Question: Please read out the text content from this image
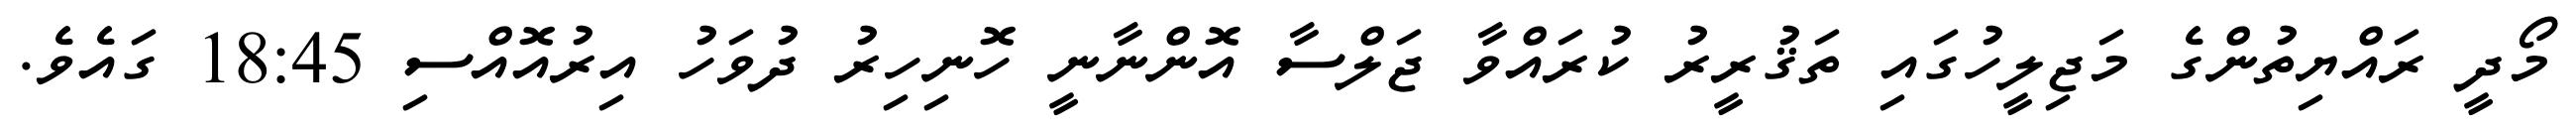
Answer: މޯދީ ރައްޔިތުންގެ މަޖިލީހުގައި ތަޤުރީރު ކުރައްވާ ޖަލްސާ އޮންނާނީ ހޮނިހިރު ދުވަހު އިރުއޮއްސި 18:45 ގައެވެ.